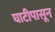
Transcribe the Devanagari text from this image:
घाटीपासून